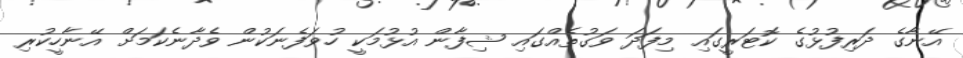
އޭނާގެ ދަރިފުޅުގެ ކޮޓަރީގައި މިފަދަ ވަގުތެއްގައި ޝިފާން އުޅުމަކީ ހުވަފެނަކުން ވެދާނެކަމަށް އޭނާހީކުރި